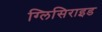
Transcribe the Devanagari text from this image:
ग्लिसिराइड